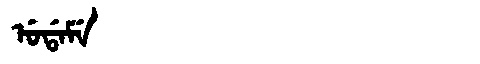
Manchu: ᡠᡩᠠᠮᡝ
Romanization: UDAME